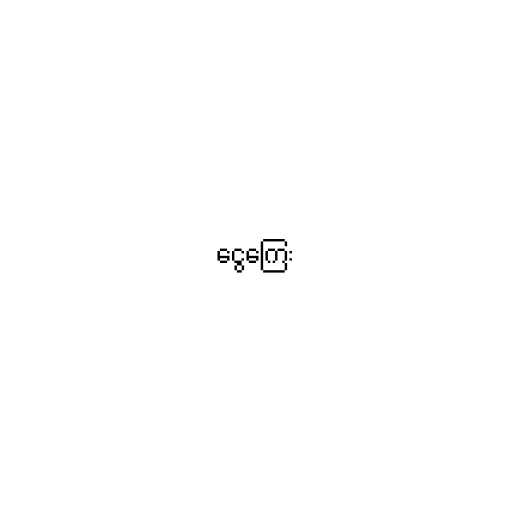
ငွေကြေး